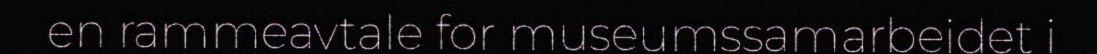
en rammeavtale for museumssamarbeidet i